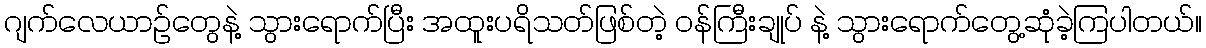
ဂျက်လေယာဉ်တွေနဲ့ သွားရောက်ပြီး အထူးပရိသတ်ဖြစ်တဲ့ ဝန်ကြီးချုပ် နဲ့ သွားရောက်တွေ့ဆုံခဲ့ကြပါတယ်။